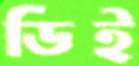
ডিই